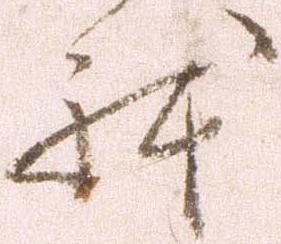
体